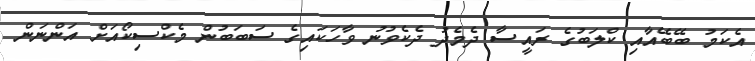
އެކަމު ބޭބޭއާއި ކްލަބުގެ ރައީސާ ދެމެދު ދެކެވުނު ވާހަކައިގެ ސަބަބުން މެކްސިކޯއަށް އަންނަން